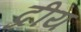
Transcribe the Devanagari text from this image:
द्रीय